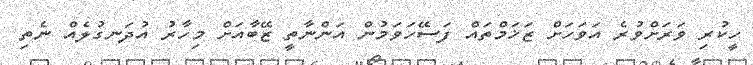
ހީކުރި ވަރަށްވުރެ އަވަހަށް ޒަޚަމްތައް ފަސޭހަވަމުން އަންނާތީ ޒޭބާއަށް މިހާރު އުދަނގުލެއް ނެތި